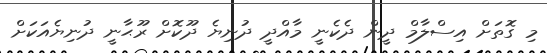
މި ގޮތަށް އިސްލާމް ދީން ދެކެނީ މާއްދީ ދުނިޔެ ދޫކޮށް ރޫޙާނީ ދުނިޔެއަކަށް